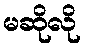
မဆိုလို